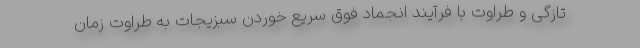
تازگی و طراوت با فرآیند انجماد فوق سریع خوردن سبزیجات به طراوتِ زمان